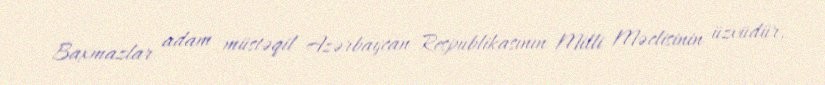
Baxmazlar adam müstəqil Azərbaycan Respublikasının Milli Məclisinin üzvüdür,